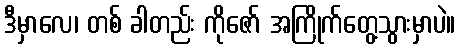
ဒီမှာလေ၊ တစ် ခါတည်း ကိုဇော် အကြိုက်တွေ့သွားမှာပဲ။